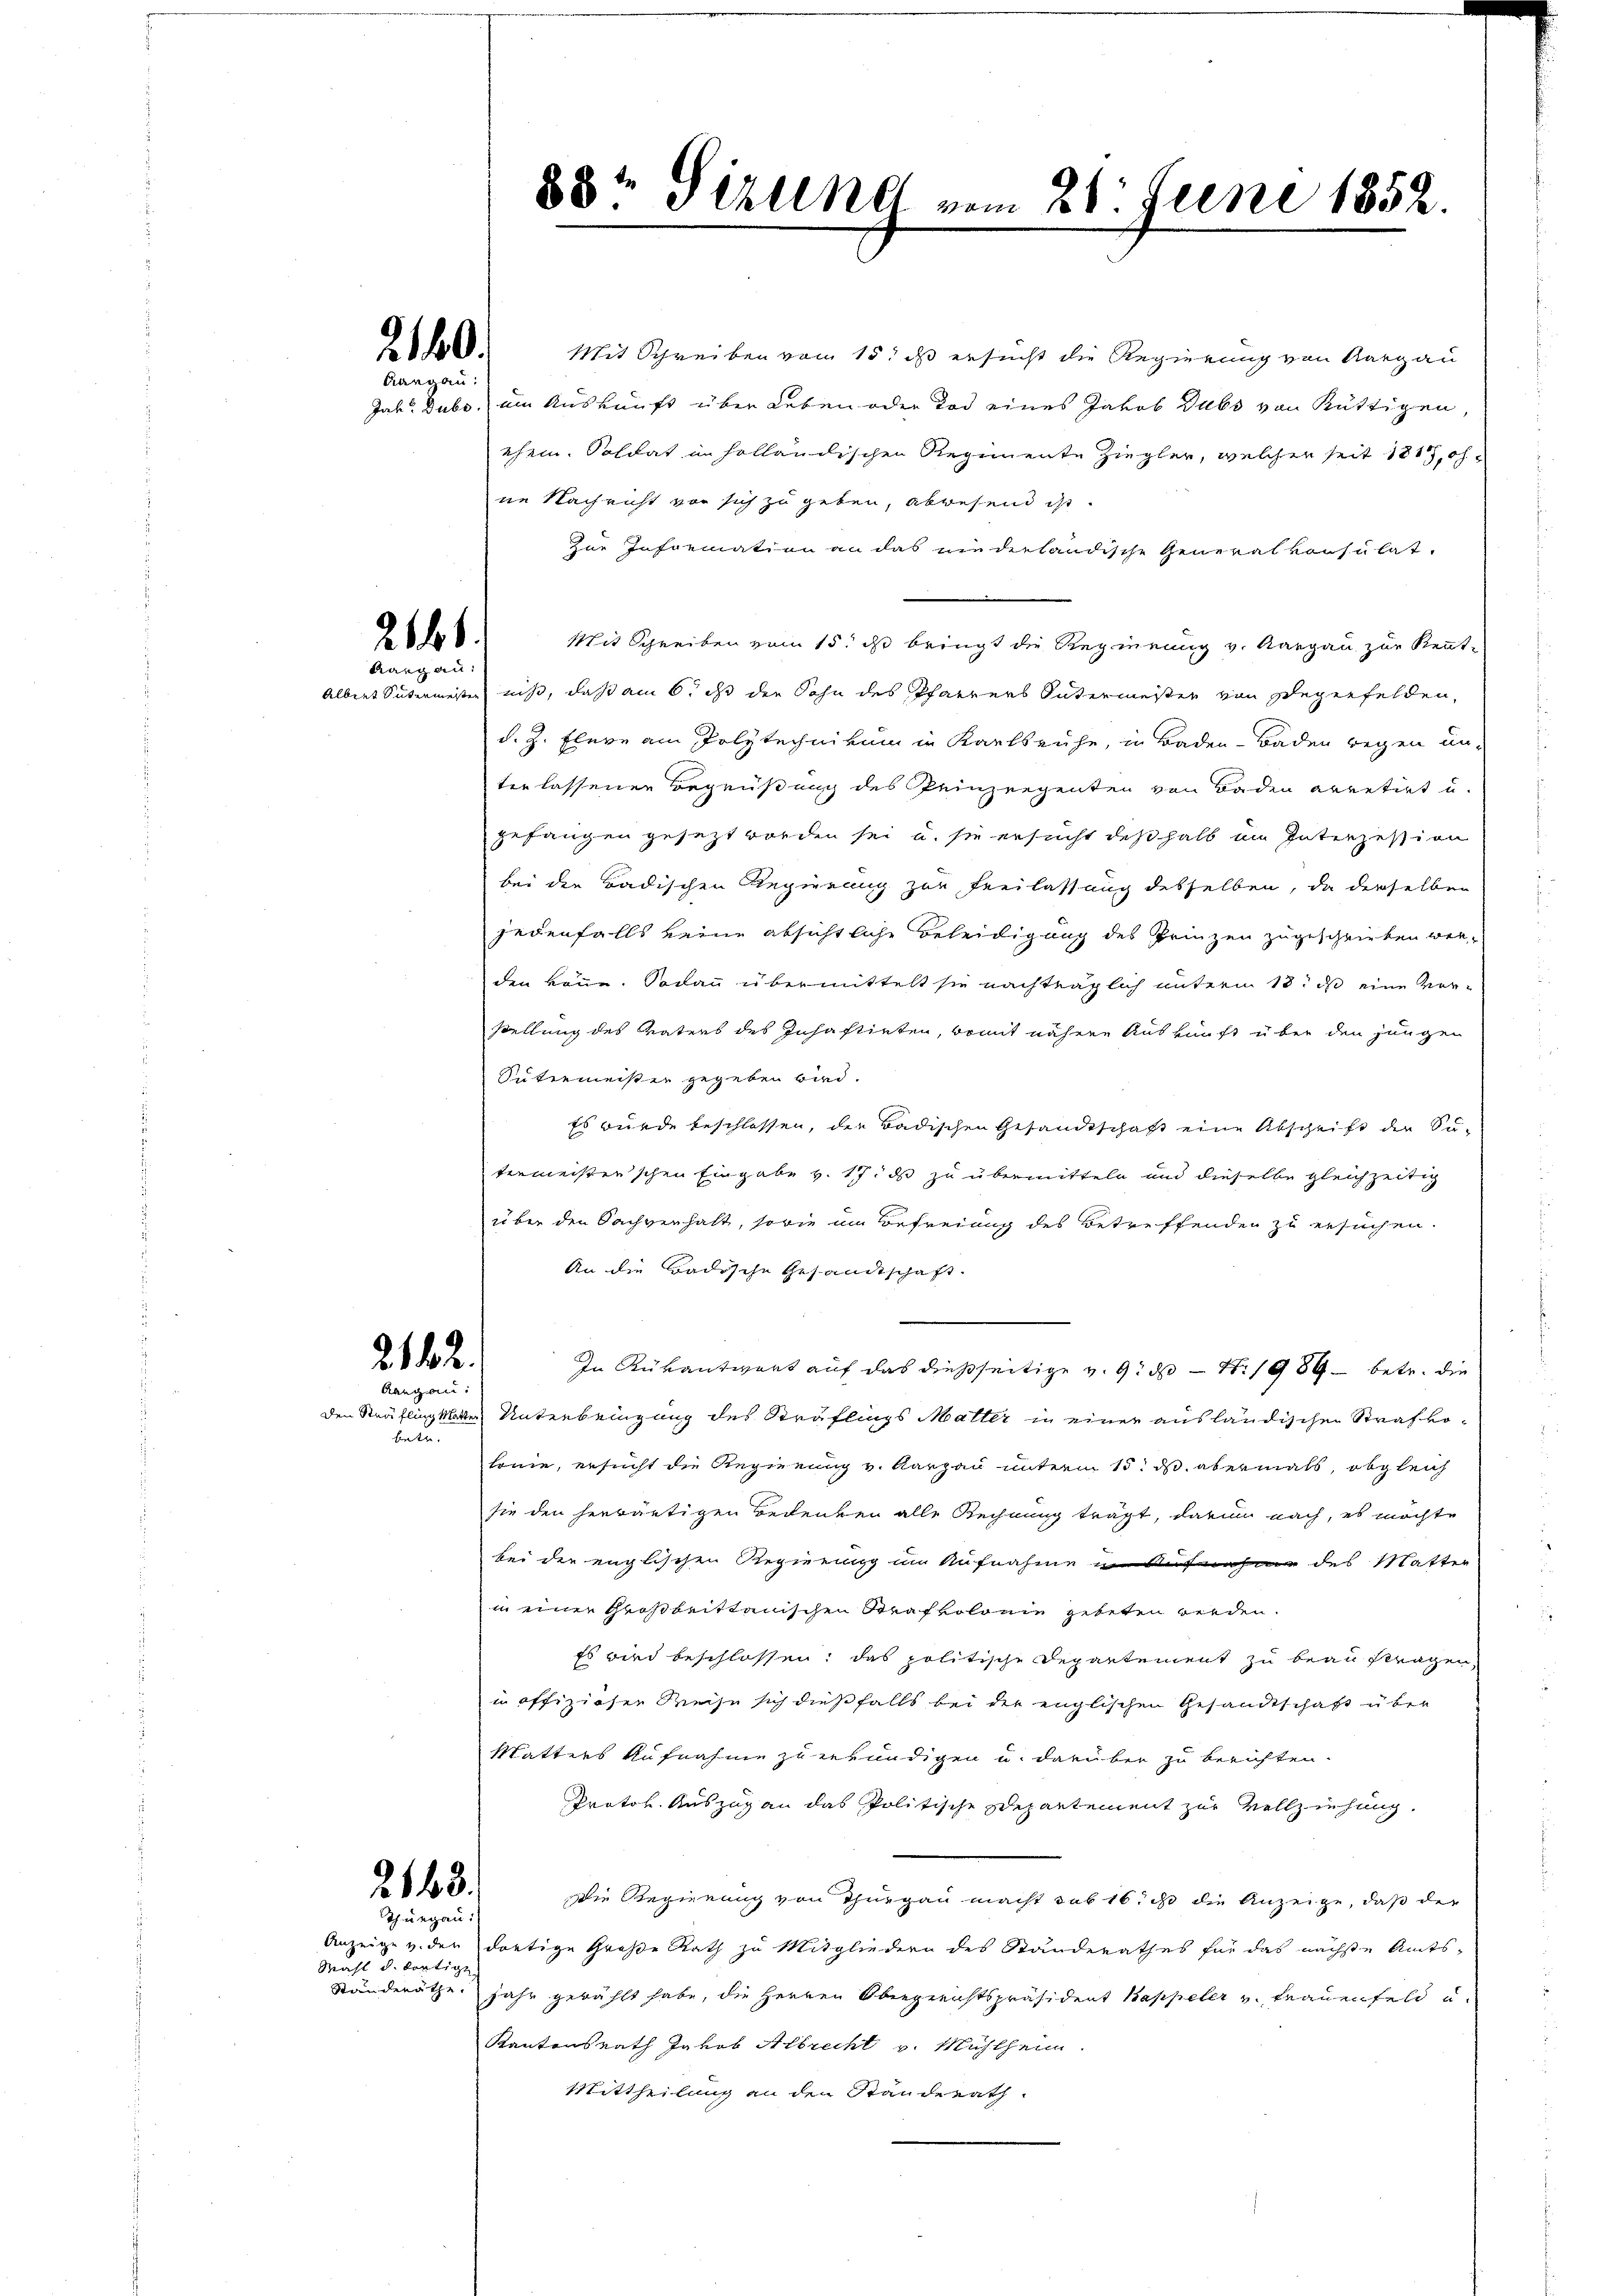
2160.

21.
Rang an:

2.12.
Aargau:

betr.

2163.
Thurgau:

Wahl d. dortige

Mit Schreiben vom 15. ds ersucht die Regierung von Aargau
Jab. Dubo, im Auskunft über Leben oder Tod eines Jakob Dubs von Rüttigen,
chein. Soldat in holländischen Regimente Ziegler, welcher seit 1817, ohne Nachricht von sich zu geben, abwesend ist
Zur Information an das wiederländische Generalkonsulat.
Mit Schreiben vom 15. ds bringt die Regierung v. Aargau zur Kennt-
Albert Sutermessen niß, daß am 6. ds der Sohn des Pfarrers Sutermeister von Segerfelden,
d. Z. flere ain Polytechnikum in Karlsruhe, in Baden Baden wegen unterlassenen Begrüßung des Peinzeigenten von Baden arretirt u.
gefangen gesezt worden sei u. sie ersucht deßhalb im Interzession
bei den Badischen Regierung zur Freilassung desselben, da derselben
jedenfalls keine absichtliche Beleidigung des Prinzen zugeschrieben werden könne. Sodann übermittelt sie nachträglich unterm 18. ds eine Vor-
stellung des Vaters des Inhaftirten, womit nähere Auskunft über den jungen
Sutermeister gegeben wird.
Es wurde beschlossen, der Badischen Gesandtschaft eine Abschrift der Su-
termeisterschen Eingabe v. 17. ds zu übermitteln und dieselbe gleichzeitig
über den Sachverhalt, sowie im Befreiung des Betreffenden zu ersuchen.
An die Badische Gesandtschaft.
In Rükantwort auf das dießseitige v. 9. ds Nr. 1989 betr. die
den Sträfling kalter Unterbringung des Sträflings Malter in einer ausländischen Strafkolonie, ersucht die Regierung v. Aargau unterm 15. ds. abermals, obgleich
sie den herwärtigen Bedenken alle Rechnung trägt, darum nach, es möchte
bei der englischen Regierung im Aufnahme in Aufnahme des Matter
in einer Großbrittanischen Strafkolonie geteten werden.
Es wird beschlossen; das politische Departement zu beauftragen,
in offiziöser Reise sich dießfalls bei der englischen Gesandtschaft über
Matters Aufnahme zu erkundigen u. darüber zu berichten.
Protok. Auszug an das Politische Departement zur Vollziehung.
Die Regierung von Thurgau macht sub 16. ds die Anzeige, daß der
Anzeige v. der dortige Große Rath zu Mitgliedern des Standerathes für das nächste Amts¬
Ständeräthe jahr gewählt habe, die Herren Obergreichtspräsident Kappeler v. Frauenfeld u.
Kantonsrath Jakob Albrecht v. Mühlheim.
Mittheilung an den Standerath

88t Sizung vom 28. Juni 1852.